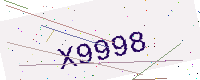
Text: X9998